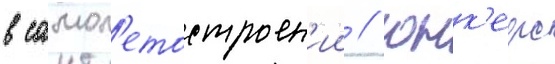
в самол'етостроен'ии / юнк'ерс